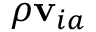
\rho { \bf v } _ { i a }